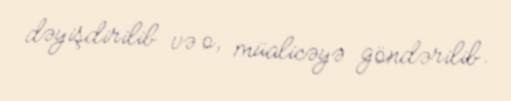
dəyişdirilib və o, müalicəyə göndərilib.